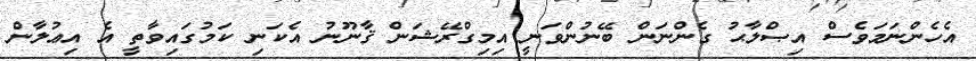
އެހެންނަމަވެސް އިޞްލާޙު ގެންނަން ބޭނުންވަނީ އިމިގްރޭޝަން ޤާނޫނު އެކަނި ކަމުގައިވާތީ އެ އިޢުލާން